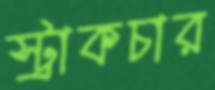
স্ট্রাকচার